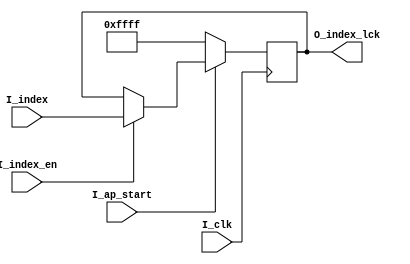
//FILE_HEADER---------------------------------------------------------------------------------------
//ZTE  Copyright (C)
//ZTE Company Confidential
//--------------------------------------------------------------------------------------------------
//Project Name : cnna
//Department   : Technical Planning Department/System Products/ZTE
//--------------------------------------------------------------------------------------------------
//Module Hiberarchy :
//        |--U01_index_lck
//        |--U02_axim_wddr
// cnna --|--U03_axis_reg
//        |--U04_main_process
//--------------------------------------------------------------------------------------------------
//Relaese History :
//--------------------------------------------------------------------------------------------------
//Version         Date           Author        Description
// 1.1           july-30-2019                    
//--------------------------------------------------------------------------------------------------
//Main Function:
//a)Get the data from ddr chip using axi master bus
//b)Write it to the ibuf ram
//--------------------------------------------------------------------------------------------------
//REUSE ISSUES: none
//Reset Strategy: synchronization 
//Clock Strategy: one common clock 
//Critical Timing: none 
//Asynchronous Interface: none 
//END_HEADER----------------------------------------------------------------------------------------
module index_lck #(
parameter 
    C_DIM_WIDTH =  16
    )(
input                               I_clk           ,
input                               I_ap_start      ,
input                               I_index_en      ,
input       [       C_DIM_WIDTH-1:0]I_index         ,
output reg  [       C_DIM_WIDTH-1:0]O_index_lck       
);

always @(posedge I_clk)begin
    if(I_ap_start)begin
        if( I_index_en)begin 
            O_index_lck <= I_index      ;
        end
        else begin
            O_index_lck <= O_index_lck  ; 
        end
    end
    else begin
        O_index_lck <= {C_DIM_WIDTH{1'b1}};
    end
end

////////////////////////////////////////////////////////////////////////////////////////////////////
// Naming specification                                                                         
// (1) w+"xxx" name type , means write clock domain                                             
//        such as wrst,wclk,winc,wdata, wptr, waddr,wfull, and so on                            
////////////////////////////////////////////////////////////////////////////////////////////////////

////////////////////////////////////////////////////////////////////////////////////////////////////
//                                                                                                
//    __    __    __    __    __    __    __    __    __    __    __    __    __    __    __    __
// __|  |__|  |__|  |__|  |__|  |__|  |__|  |__|  |__|  |__|  |__|  |__|  |__|  |__|  |__|  |__|  
//                                                                                                
//                                                                                                
////////////////////////////////////////////////////////////////////////////////////////////////////

////////////////////////////////////////////////////////////////////////////////////////////////////
//        u0_wptr_full                                                                           
////////////////////////////////////////////////////////////////////////////////////////////////////

endmodule